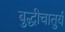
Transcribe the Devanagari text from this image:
बुद्धीचातुर्य